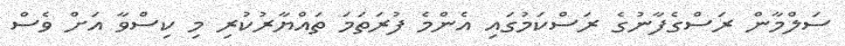
ސަލްމާން ރަސްގެފާނުގެ ރަސްކަމުގައި އެންމެ ފުރަތަމަ ތައްޔާރުކުރި މި ކިސްވާ އަށް ވެސް